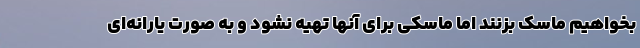
بخواهیم ماسک بزنند اما ماسکی برای آنها تهیه نشود و به صورت یارانه‌ای